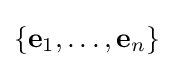
\{\mathbf {e} _{1},\dots ,\mathbf {e} _{n}\}